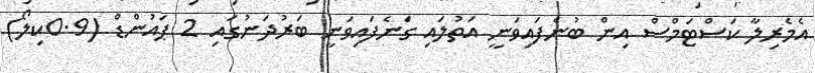
އެމެރިލާ ކަސްޓަމްސް އިން ބުނެފައިވަނީ އަތުލައި ގަނެފައިވަނީ ބަރުދަނުގައި 2 ޕައުންޑް (0.9ކިލޯ)